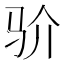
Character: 𩧦